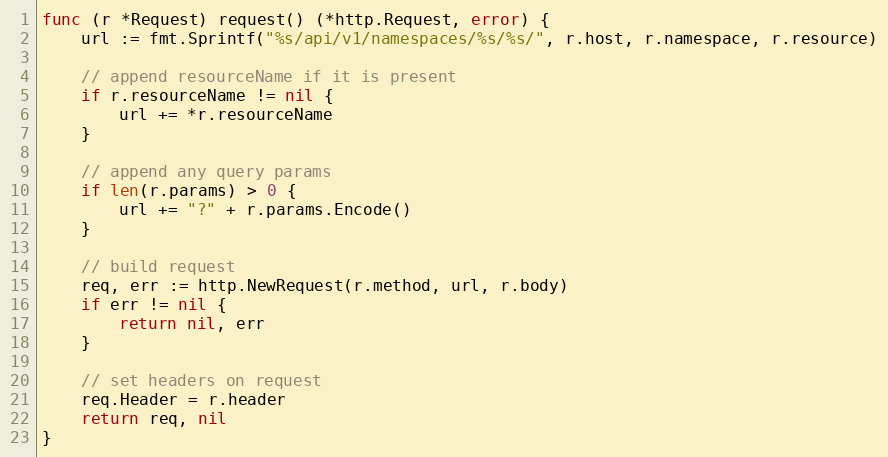
Language: Go
func (r *Request) request() (*http.Request, error) {
	url := fmt.Sprintf("%s/api/v1/namespaces/%s/%s/", r.host, r.namespace, r.resource)

	// append resourceName if it is present
	if r.resourceName != nil {
		url += *r.resourceName
	}

	// append any query params
	if len(r.params) > 0 {
		url += "?" + r.params.Encode()
	}

	// build request
	req, err := http.NewRequest(r.method, url, r.body)
	if err != nil {
		return nil, err
	}

	// set headers on request
	req.Header = r.header
	return req, nil
}